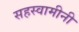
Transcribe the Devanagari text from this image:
सहस्वामीनी